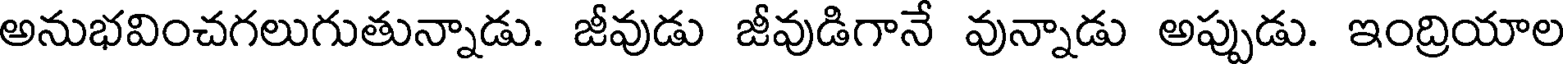
అనుభవించగలుగుతున్నాడు. జీవుడు జీవుడిగానే వున్నాడు అప్పుడు. ఇంద్రియాల